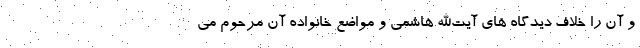
و آن را خلاف دیدگاه های آیت‌الله هاشمی و مواضع خانواده آن مرحوم می